Vaccination North-Western Provinces and Oudh 1878-1895 - 1878-1895
Year: 1878
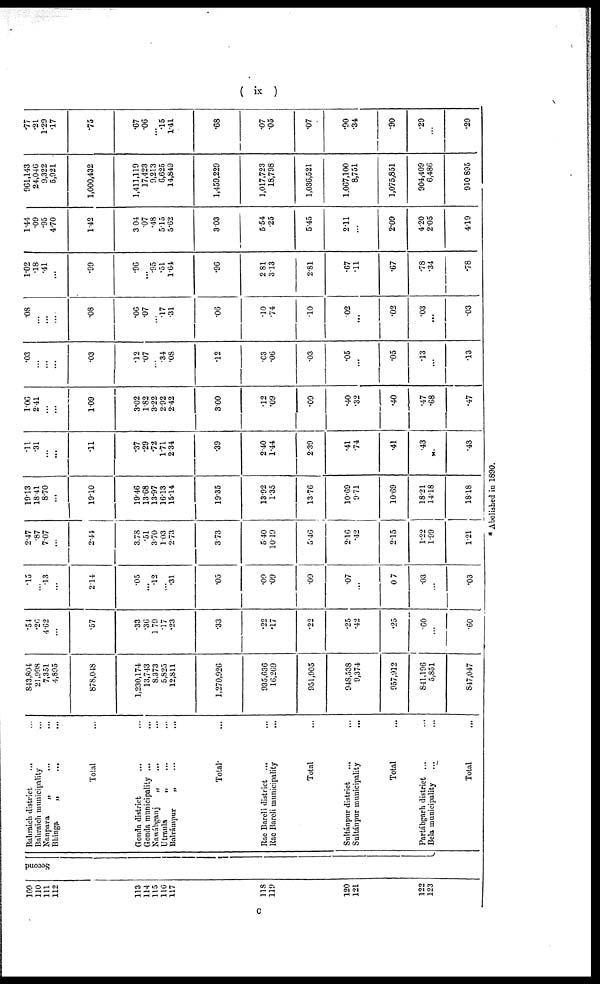
( ix )
109
110
111
112
113
114
115
116
117
118
119
120
121
122
123
Second
Bahraich district
... ...
Bahraich municipality ...
Nanpara
„
...
...
Bhinga
„ ... ...
Total ...
Gonda district ... ...
Gonda municipality ...
...
Nawábganj
„ ... ...
Utraula
„ ... ...
Balrámpur
„
...
...
Total ...
Rae Bareli district ... ...
Rae Bareli municipality ...
Total ...
Sultánpur district ... ...
Sultánpur municipality
...
Total ...
Partábgarh district ... ...
Bela municipality ... ...
Total ...
843,804
21,998
7,351
4,895
878,048
1,230,174
13,743
8,373
5,825
12,811
1,270,926
935,636
16,269
951,905
948,538
9,374
957,912
841,196
5,851
847,047
.54
.26
4.62
...
.57
.33
.36
1.79
.17
.23
.33
.22
.17
.22
.25
.42
.25
.60
...
.60
.15
...
.13
...
2.14
.05
...
.12
...
.31
.05
.09
.09
.09
.07
...
.07
.03
...
.03
2.47
.87
7.07
...
2.44
3.78
.51
3.70
1.03
2.73
3.73
5.40
10.19
5.46
2.16
.42
2.15
1.22
1.99
1.21
19.13
18.41
8.70
...
19.10
19.46
13.68
13.97
16.13
15.14
19.35
13.92
1.35
13.76
10.69
9.71
10.69
18.21
14.18
18.18
.11
.31
...
...
.11
.37
.29
.72
1.71
2.34
.39
2.40
1.44
2.39
.41
.74
.41
.43
„
.43
1.06
2.41
...
...
1.09
3.02
1.82
3.22
2.92
2.42
3.00
.12
.09
.09
.40
.32
.40
.47
.68
.47
.03
...
...
...
.03
.12
.07
...
.34
.08
.12
.03
.06
.03
.05
...
.05
.13
...
.13
.08
...
...
...
.08
.06
.07
...
.17
.31
.06
.10
.74
.10
.02
...
.02
.03
...
.03
1.02
.18
.41
...
.99
.96
...
.95
.51
1.64
.96
2.81
3.13
2.81
.67
.11
.67
.78
.34
.78
1.44
.09
.95
4.70
1.42
3.04
.07
.48
5.15
5.62
3.03
5.54
.25
5.45
2.11
4.20
2.09
4.20
2.05
4.19
961,143
24,046
9,322
5,921
1,000,432
1,411,119
17,423
9,213
6,625
14,849
1,459,229
1,017,723
18,798
1,036,521
1,067,100
8,751
1,075,851
904,409
6,486
910,895
.77
.21
1.29
.17
.75
.67
.06
...
.15
1.41
.68
.07
.05
.07
.90
.34
.90
.29
...
.29
* Abolished in 1890.